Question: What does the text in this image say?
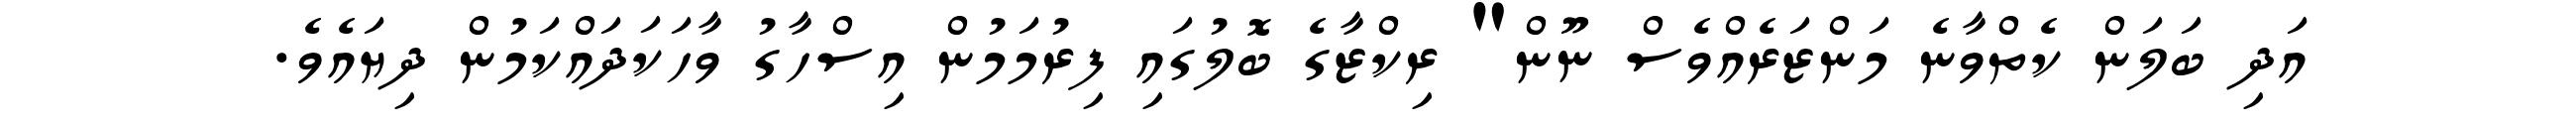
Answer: އަދި ބަލަން ކެތްވާނެ މަންޒަރެއްވެސް ނޫން" ރިކްޒާގެ ބޮލުގައި ފިރުމަމުން އިސްހާގު ވާހަކަދައްކަމުން ދިޔައެވެ.